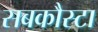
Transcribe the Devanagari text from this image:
सबकौस्टा